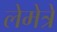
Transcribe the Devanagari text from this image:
लेमेत्रे